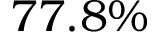
7 7 . 8 \%